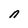
Character: n